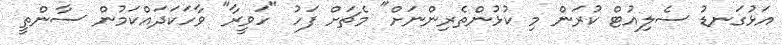
އަޅުގަނޑު ސެލިއުޓް ކުރަން މި ކުޅުންތެރިންނަށް" މެޗަށް ފަހު "ހަވީރާ" ވާހަކަދައްކަމުން ސާންތީ